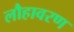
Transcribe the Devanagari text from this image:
लौहावरण